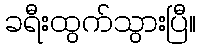
ခရီးထွက်သွားပြီ။